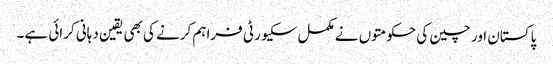
پاکستان اور چین کی حکومتوں نے مکمل سکیورٹی فراہم کرنے کی بھی یقین دہانی کرائی ہے۔